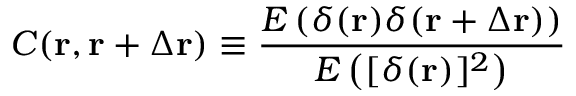
C ( \mathbf { r } , \mathbf { r } + \Delta \mathbf { r } ) \equiv \frac { E \left( \delta ( \mathbf { r } ) \delta ( \mathbf { r } + \Delta \mathbf { r } ) \right) } { E \left( [ \delta ( \mathbf { r } ) ] ^ { 2 } \right) }